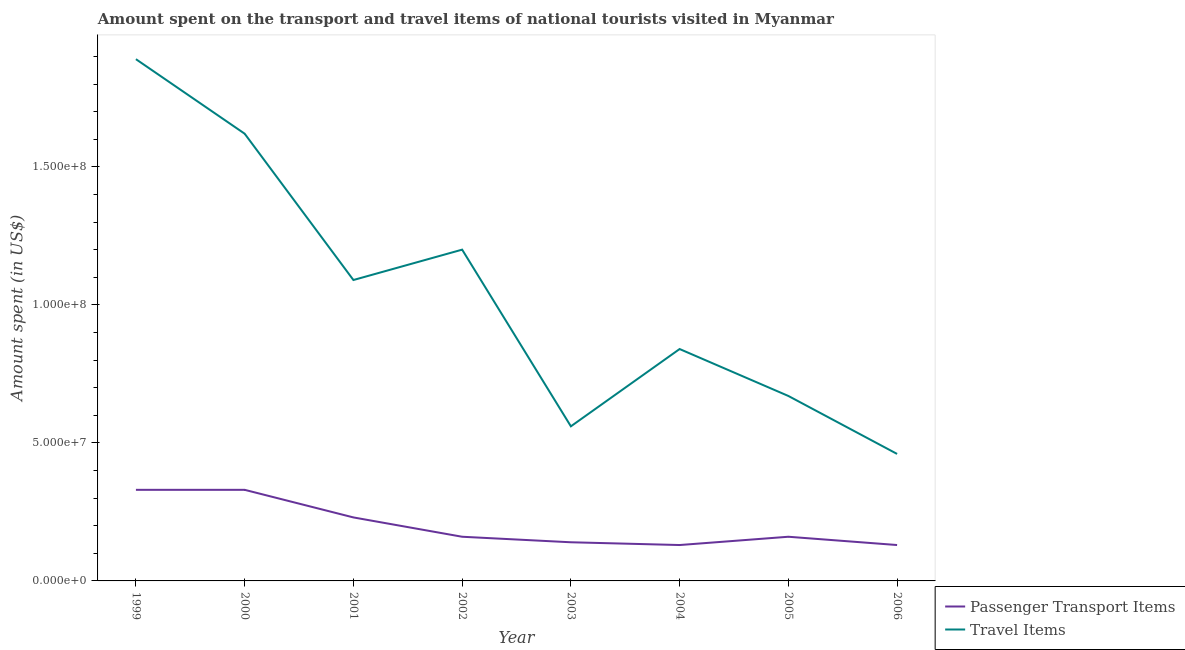
| Year | Passenger Transport Items | Travel Items |
 | --- | --- | --- |
 | 1999 | 3.3e+07 | 1.89e+08 |
 | 2000 | 3.3e+07 | 1.62e+08 |
 | 2001 | 2.3e+07 | 1.09e+08 |
 | 2002 | 1.6e+07 | 1.2e+08 |
 | 2003 | 1.4e+07 | 5.6e+07 |
 | 2004 | 1.3e+07 | 8.4e+07 |
 | 2005 | 1.6e+07 | 6.7e+07 |
 | 2006 | 1.3e+07 | 4.6e+07 |